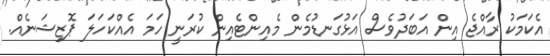
އެކަމަކު ރާއްޖެ އިން އަބަދުވެސް އަޅުގަނޑުމެން މެއިންޓެއިން ކުރަނީ ހަމަ އެއްކަހަލަ ޕޮޒިޝަނެއް.